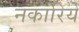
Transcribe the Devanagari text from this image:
नकारिये